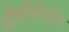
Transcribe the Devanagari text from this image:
औषधिविहीन